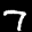
Label: 7